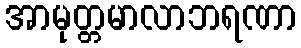
အာမုတ္တမာလာဘရဏာ